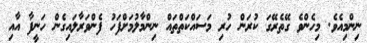
ނިންމިއެވެ. މިހެންވެ ގޭތެރޭގަ ކުރަން ހުރި މަސައްކަތްތައް ނިންމާލުމަށްފަހު ފެންވަރާލައިގެން ހަނީފާ އާއި